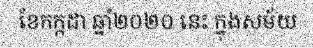
ខែកក្កដា ឆ្នាំ២០២០ នេះ ក្នុងសម័យ